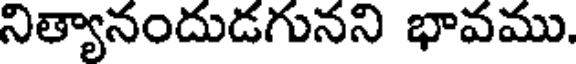
నిత్యానందుడగునని భావము.